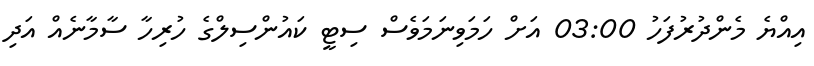
އިއްޔެ މެންދުރުފަހު 03:00 އަށް ހަމަވިނަަމަވެސް ސިޓީ ކައުންސިލްގެ ހުރިހާ ސާމާނެއް އަދި